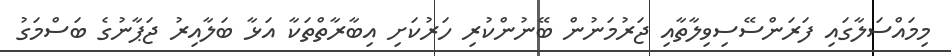
މިމައްސަލާގައި ފަރަންސޭސިވިލާތާއި ޖަރުމަނުން ބޭނުންކުރި ހަރުކަށި އިބާރާތްތަކާ އަޅާ ބަލާއިރު ޖަޕާނުގެ ބަސްމަގު